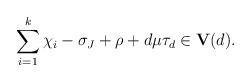
LaTeX: \begin{align*} \sum_{i=1}^k\chi_i-\sigma_J+\rho+d\mu\tau_d\in \textbf{V}(d).\end{align*}